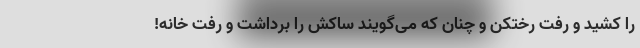
را کشید و رفت رختکن و چنان که می‌گویند ساکش را برداشت و رفت خانه!